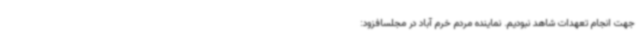
جهت انجام تعهدات شاهد نبودیم. نماینده مردم خرم آباد در مجلسافزود: